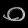
Digit: ၀